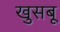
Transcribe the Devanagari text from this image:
खुसबू